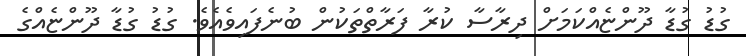
ގުޑު ގުޑާ ދޫންޏެއްކަމަށް ދިރާސާ ކުރާ ފަރާތްތަކުން ބުނެފައިވެއެވެ. ގުޑު ގުޑާ ދޫންޏެއްގެ